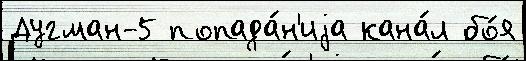
Дугман-5 попада́н'иjа кана́л бо́я